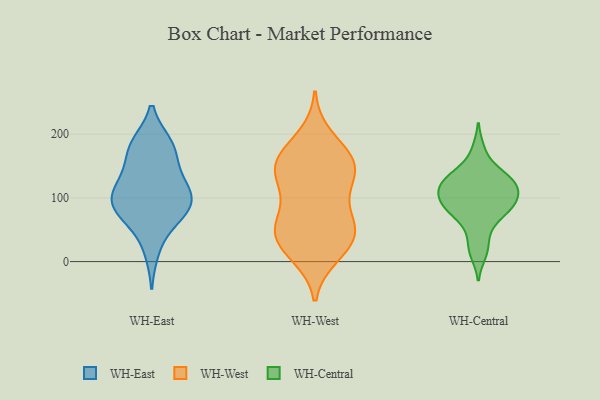
{"axis": {"x": "Inventory Turnover", "y": "Value"}, "legend": ["WH-Central", "WH-East", "WH-West"], "data": [{"x": "", "y": 105, "type": "WH-East"}, {"x": "", "y": 184, "type": "WH-East"}, {"x": "", "y": 120, "type": "WH-East"}, {"x": "", "y": 100, "type": "WH-East"}, {"x": "", "y": 101, "type": "WH-East"}, {"x": "", "y": 89, "type": "WH-East"}, {"x": "", "y": 64, "type": "WH-East"}, {"x": "", "y": 17, "type": "WH-East"}, {"x": "", "y": 184, "type": "WH-East"}, {"x": "", "y": 167, "type": "WH-East"}, {"x": "", "y": 64, "type": "WH-East"}, {"x": "", "y": 185, "type": "WH-East"}, {"x": "", "y": 87, "type": "WH-East"}, {"x": "", "y": 131, "type": "WH-East"}, {"x": "", "y": 84, "type": "WH-East"}, {"x": "", "y": 142, "type": "WH-East"}, {"x": "", "y": 60, "type": "WH-West"}, {"x": "", "y": 162, "type": "WH-West"}, {"x": "", "y": 164, "type": "WH-West"}, {"x": "", "y": 52, "type": "WH-West"}, {"x": "", "y": 196, "type": "WH-West"}, {"x": "", "y": 10, "type": "WH-West"}, {"x": "", "y": 161, "type": "WH-West"}, {"x": "", "y": 155, "type": "WH-West"}, {"x": "", "y": 144, "type": "WH-West"}, {"x": "", "y": 132, "type": "WH-West"}, {"x": "", "y": 51, "type": "WH-West"}, {"x": "", "y": 51, "type": "WH-West"}, {"x": "", "y": 42, "type": "WH-West"}, {"x": "", "y": 130, "type": "WH-West"}, {"x": "", "y": 18, "type": "WH-West"}, {"x": "", "y": 114, "type": "WH-West"}, {"x": "", "y": 25, "type": "WH-West"}, {"x": "", "y": 85, "type": "WH-West"}, {"x": "", "y": 139, "type": "WH-Central"}, {"x": "", "y": 26, "type": "WH-Central"}, {"x": "", "y": 54, "type": "WH-Central"}, {"x": "", "y": 75, "type": "WH-Central"}, {"x": "", "y": 90, "type": "WH-Central"}, {"x": "", "y": 95, "type": "WH-Central"}, {"x": "", "y": 111, "type": "WH-Central"}, {"x": "", "y": 112, "type": "WH-Central"}, {"x": "", "y": 88, "type": "WH-Central"}, {"x": "", "y": 118, "type": "WH-Central"}, {"x": "", "y": 123, "type": "WH-Central"}, {"x": "", "y": 12, "type": "WH-Central"}, {"x": "", "y": 76, "type": "WH-Central"}, {"x": "", "y": 139, "type": "WH-Central"}, {"x": "", "y": 91, "type": "WH-Central"}, {"x": "", "y": 117, "type": "WH-Central"}, {"x": "", "y": 134, "type": "WH-Central"}, {"x": "", "y": 176, "type": "WH-Central"}]}